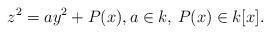
LaTeX: \begin{align*} z^2=ay^2+P(x), a \in k, \, P(x) \in k[x].\end{align*}